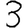
Digit: 3